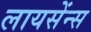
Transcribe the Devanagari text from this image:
लायसेंन्स